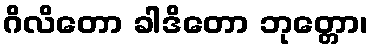
ဂိလိတော ခါဒိတော ဘုတ္တော၊